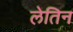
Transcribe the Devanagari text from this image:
लेतिन